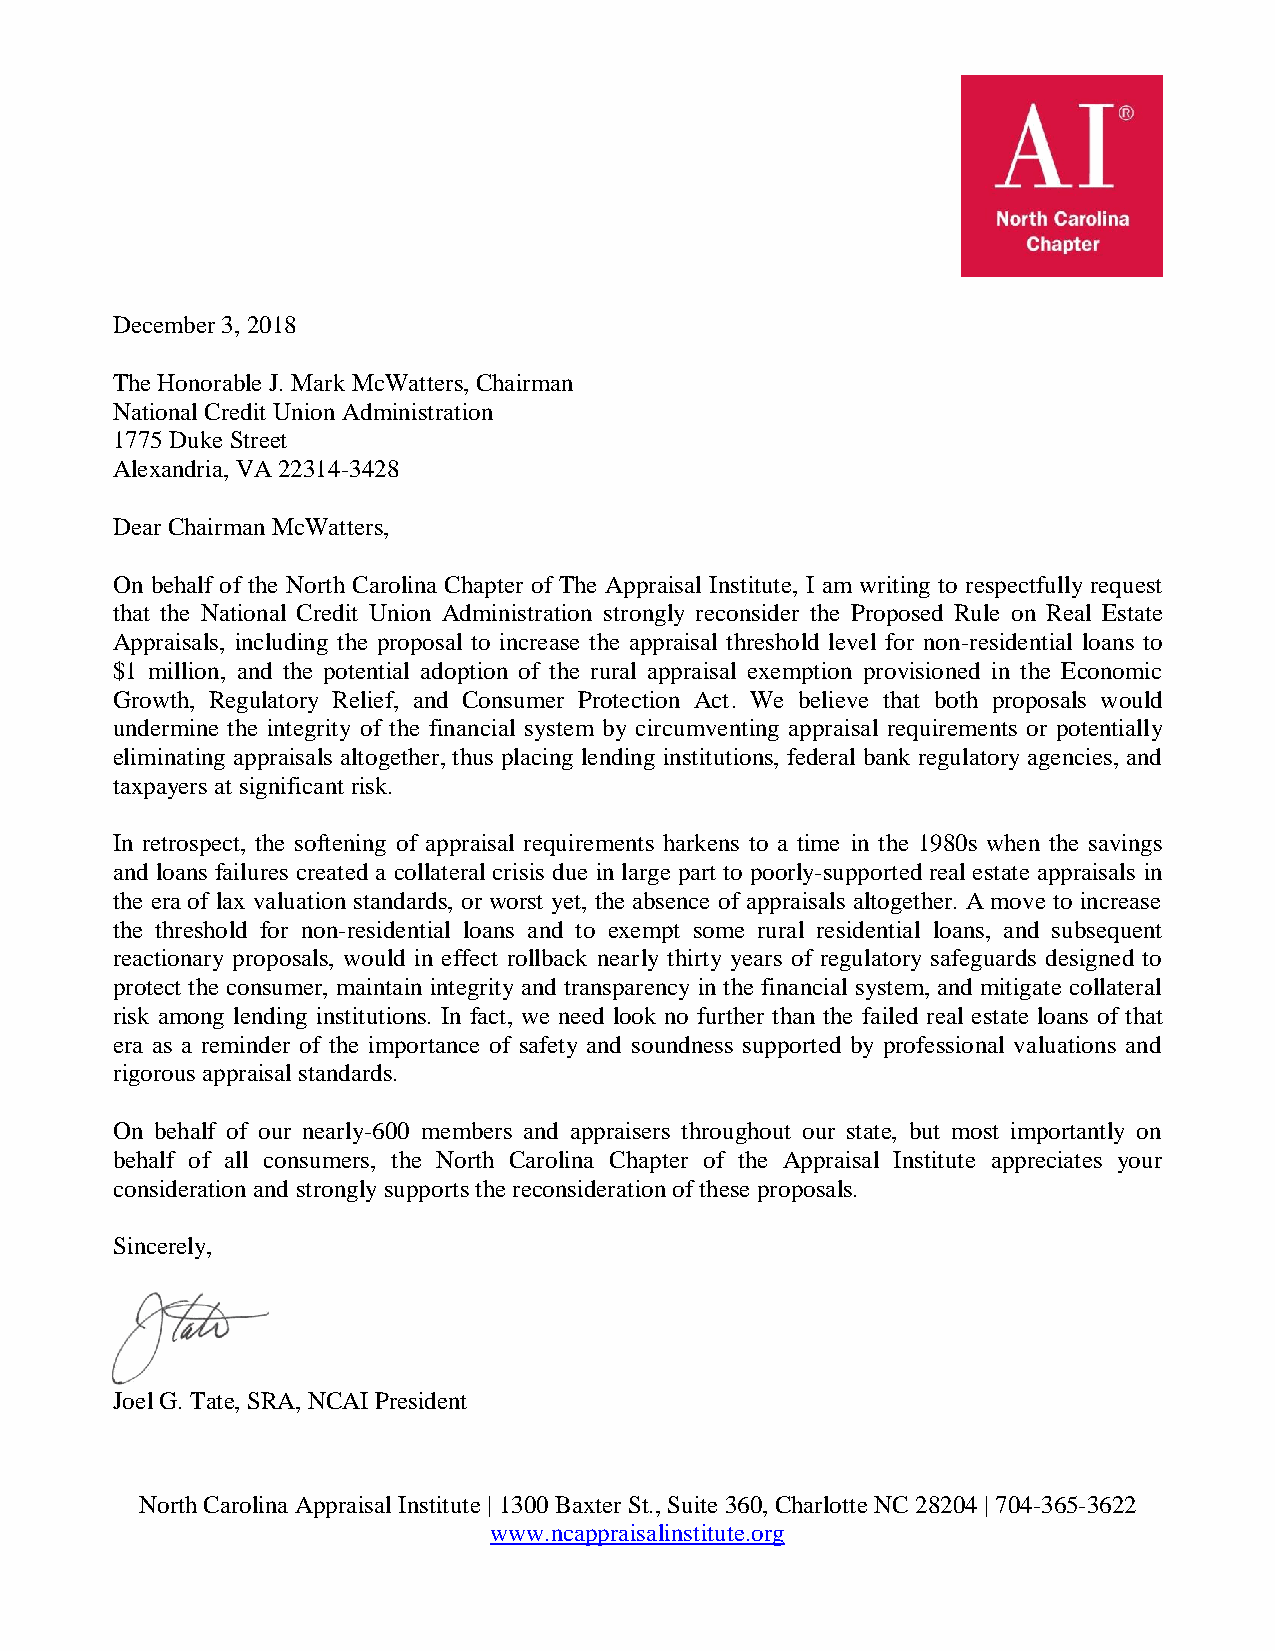
December 3, 2018
 The Honorable J. Mark McWatters, Chairman
 National Credit Union Administration
 1775 Duke Street
 Alexandria, VA 22314-3428
 Dear Chairman McWatters,
 On behalf of the North Carolina Chapter of The Appraisal Institute, I am writing to respectfully request
 that the National Credit Union Administration strongly reconsider the Proposed Rule on Real Estate
 Appraisals, including the proposal to increase the appraisal threshold level for non-residential loans to
 $1 million, and the potential adoption of the rural appraisal exemption provisioned in the Economic
 Growth, Regulatory Relief, and Consumer Protection Act. We believe that both proposals would
 undermine the integrity of the financial system by circumventing appraisal requirements or potentially
 eliminating appraisals altogether, thus placing lending institutions, federal bank regulatory agencies, and
 taxpayers at significant risk.
 In retrospect, the softening of appraisal requirements harkens to a time in the 1980s when the savings
 and loans failures created a collateral crisis due in large part to poorly-supported real estate appraisals in
 the era of lax valuation standards, or worst yet, the absence of appraisals altogether. A move to increase
 the threshold for non-residential loans and to exempt some rural residential loans, and subsequent
 reactionary proposals, would in effect rollback nearly thirty years of regulatory safeguards designed to
 protect the consumer, maintain integrity and transparency in the financial system, and mitigate collateral
 risk among lending institutions. In fact, we need look no further than the failed real estate loans of that
 era as a reminder of the importance of safety and soundness supported by professional valuations and
 rigorous appraisal standards.
 On behalf of our nearly-600 members and appraisers throughout our state, but most importantly on
 behalf of all consumers, the North Carolina Chapter of the Appraisal Institute appreciates your
 consideration and strongly supports the reconsideration of these proposals.
 Sincerely,
 Joel G. Tate, SRA, NCAI President
 North Carolina Appraisal Institute | 1300 Baxter St., Suite 360, Charlotte NC 28204 | 704-365-3622
 www.ncappraisalinstitute.org